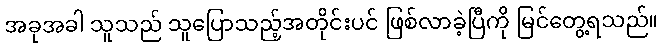
အခုအခါ သူသည် သူပြောသည့်အတိုင်းပင် ဖြစ်လာခဲ့ပြီကို မြင်တွေ့ရသည်။